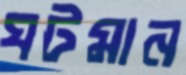
ঘটমান